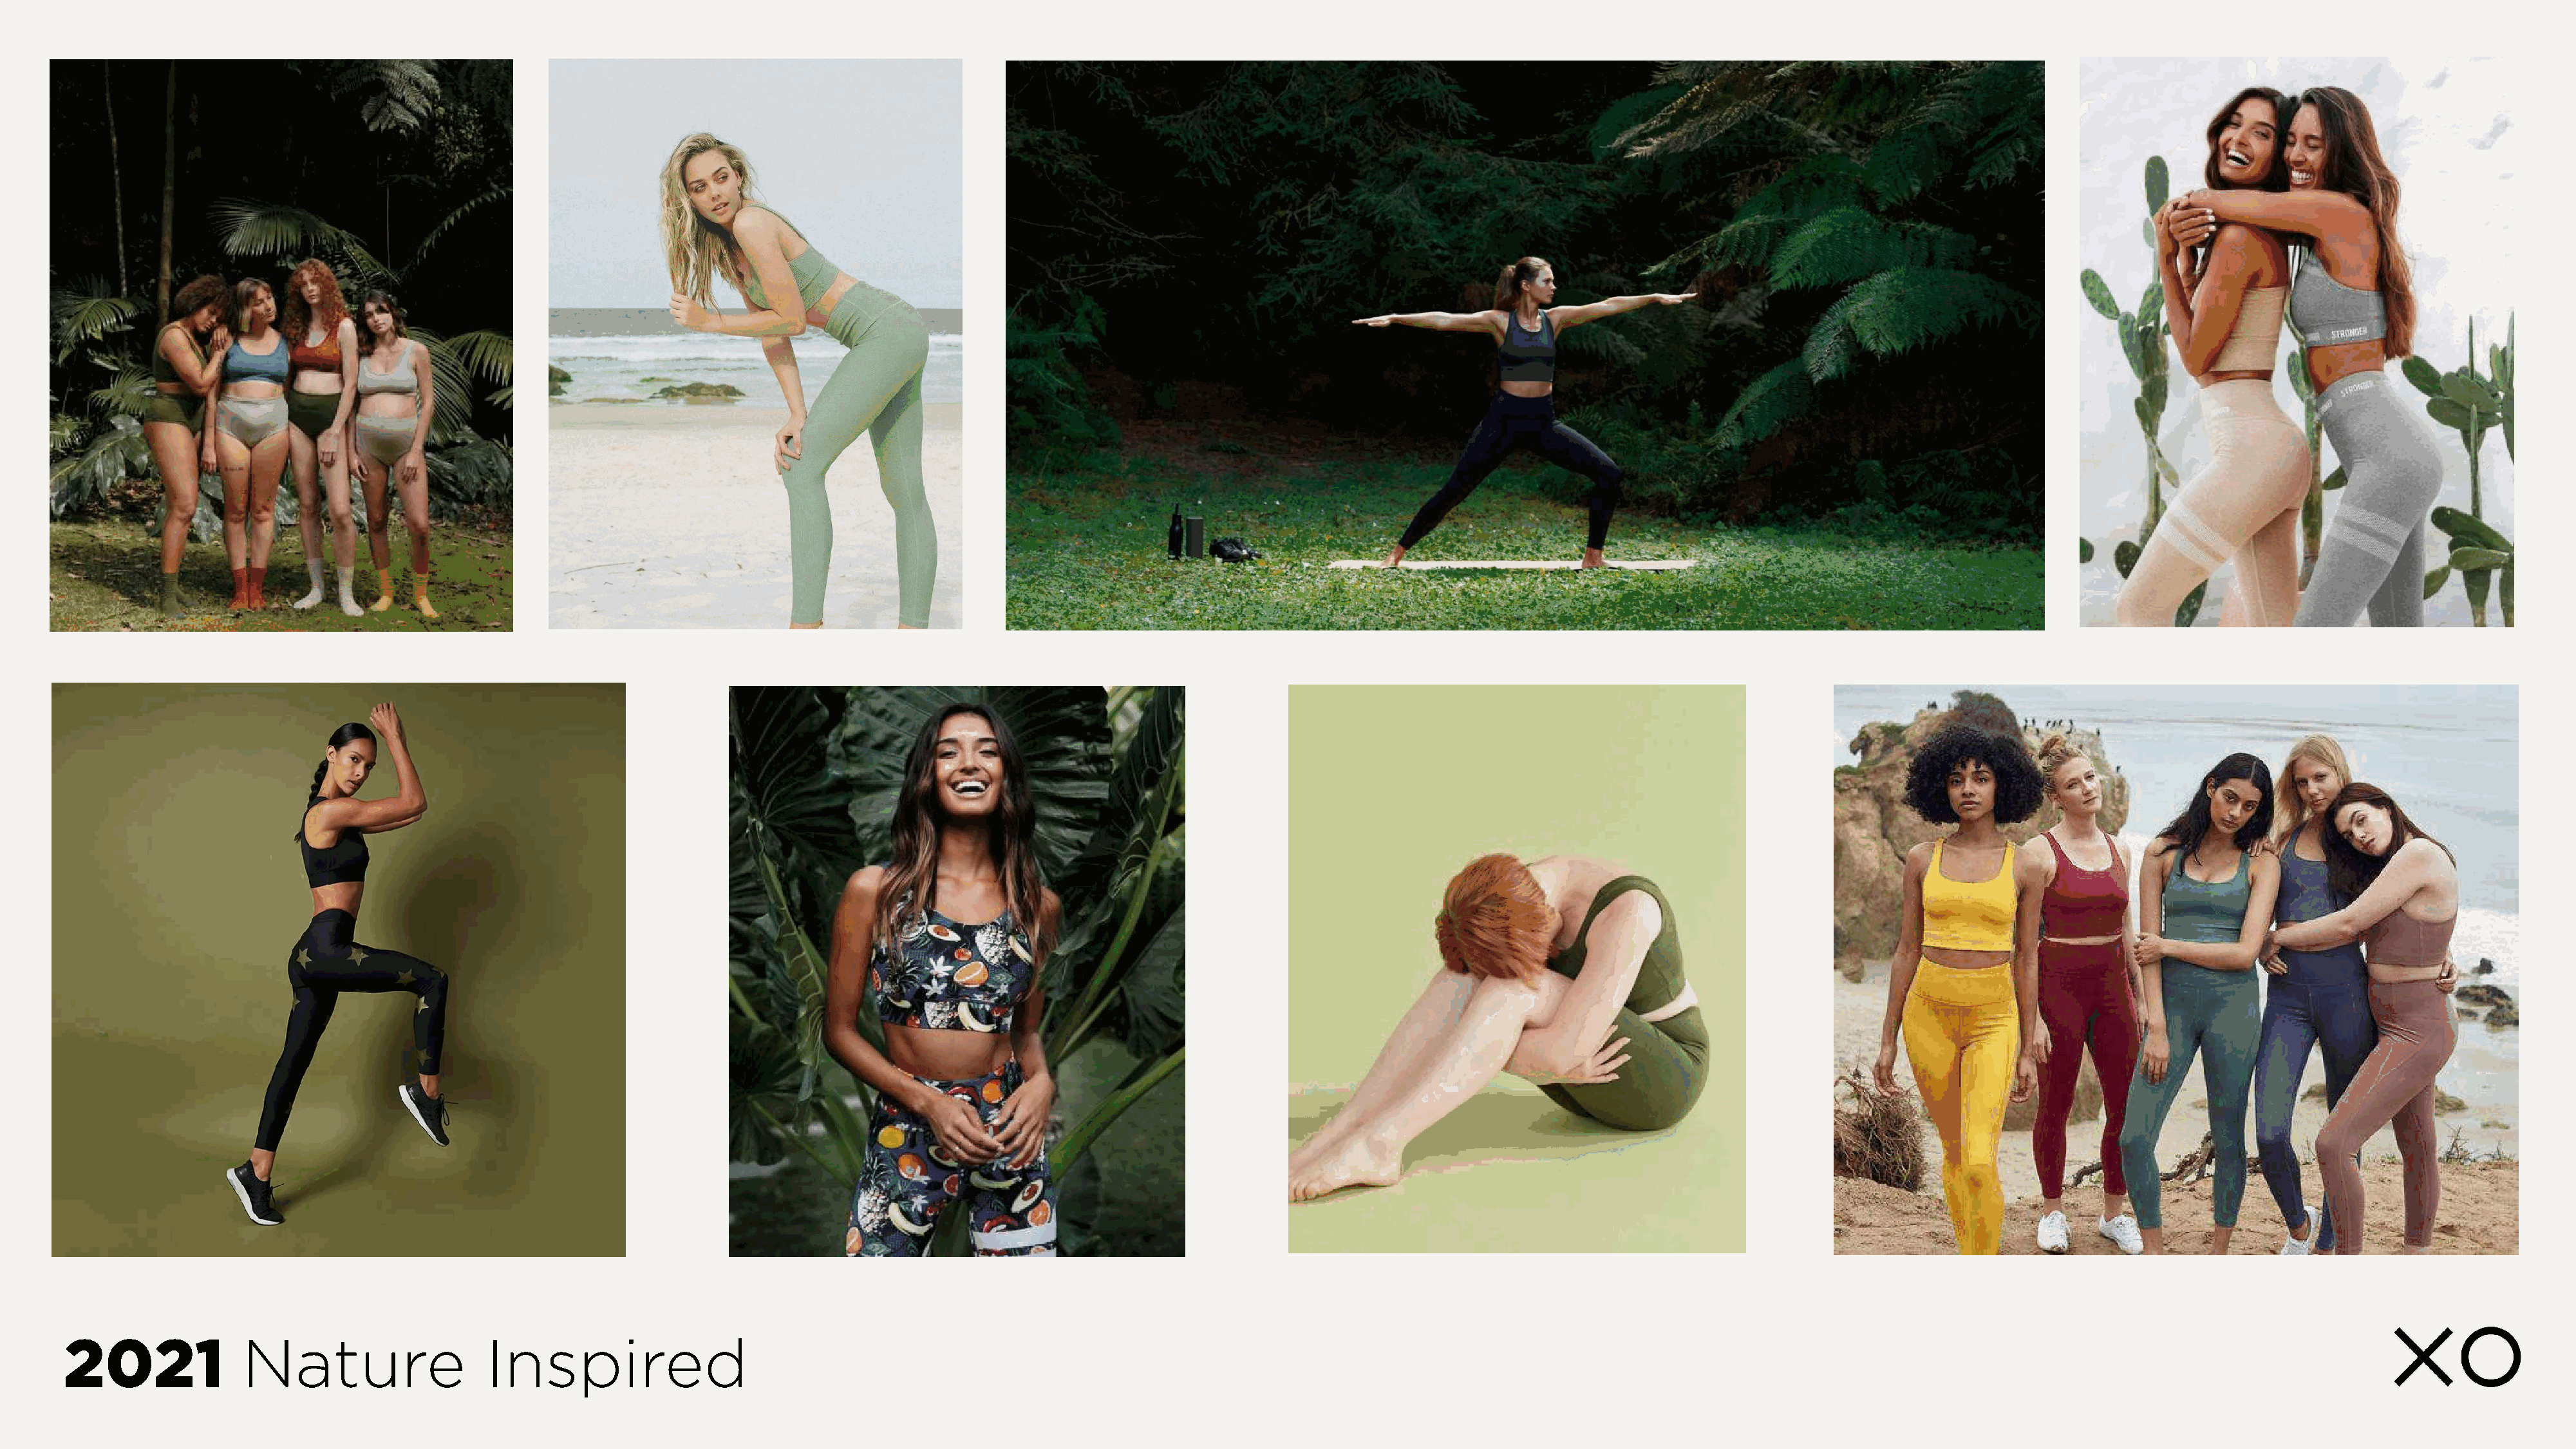
2021              Nature                   Inspired